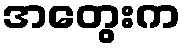
အတွေးက